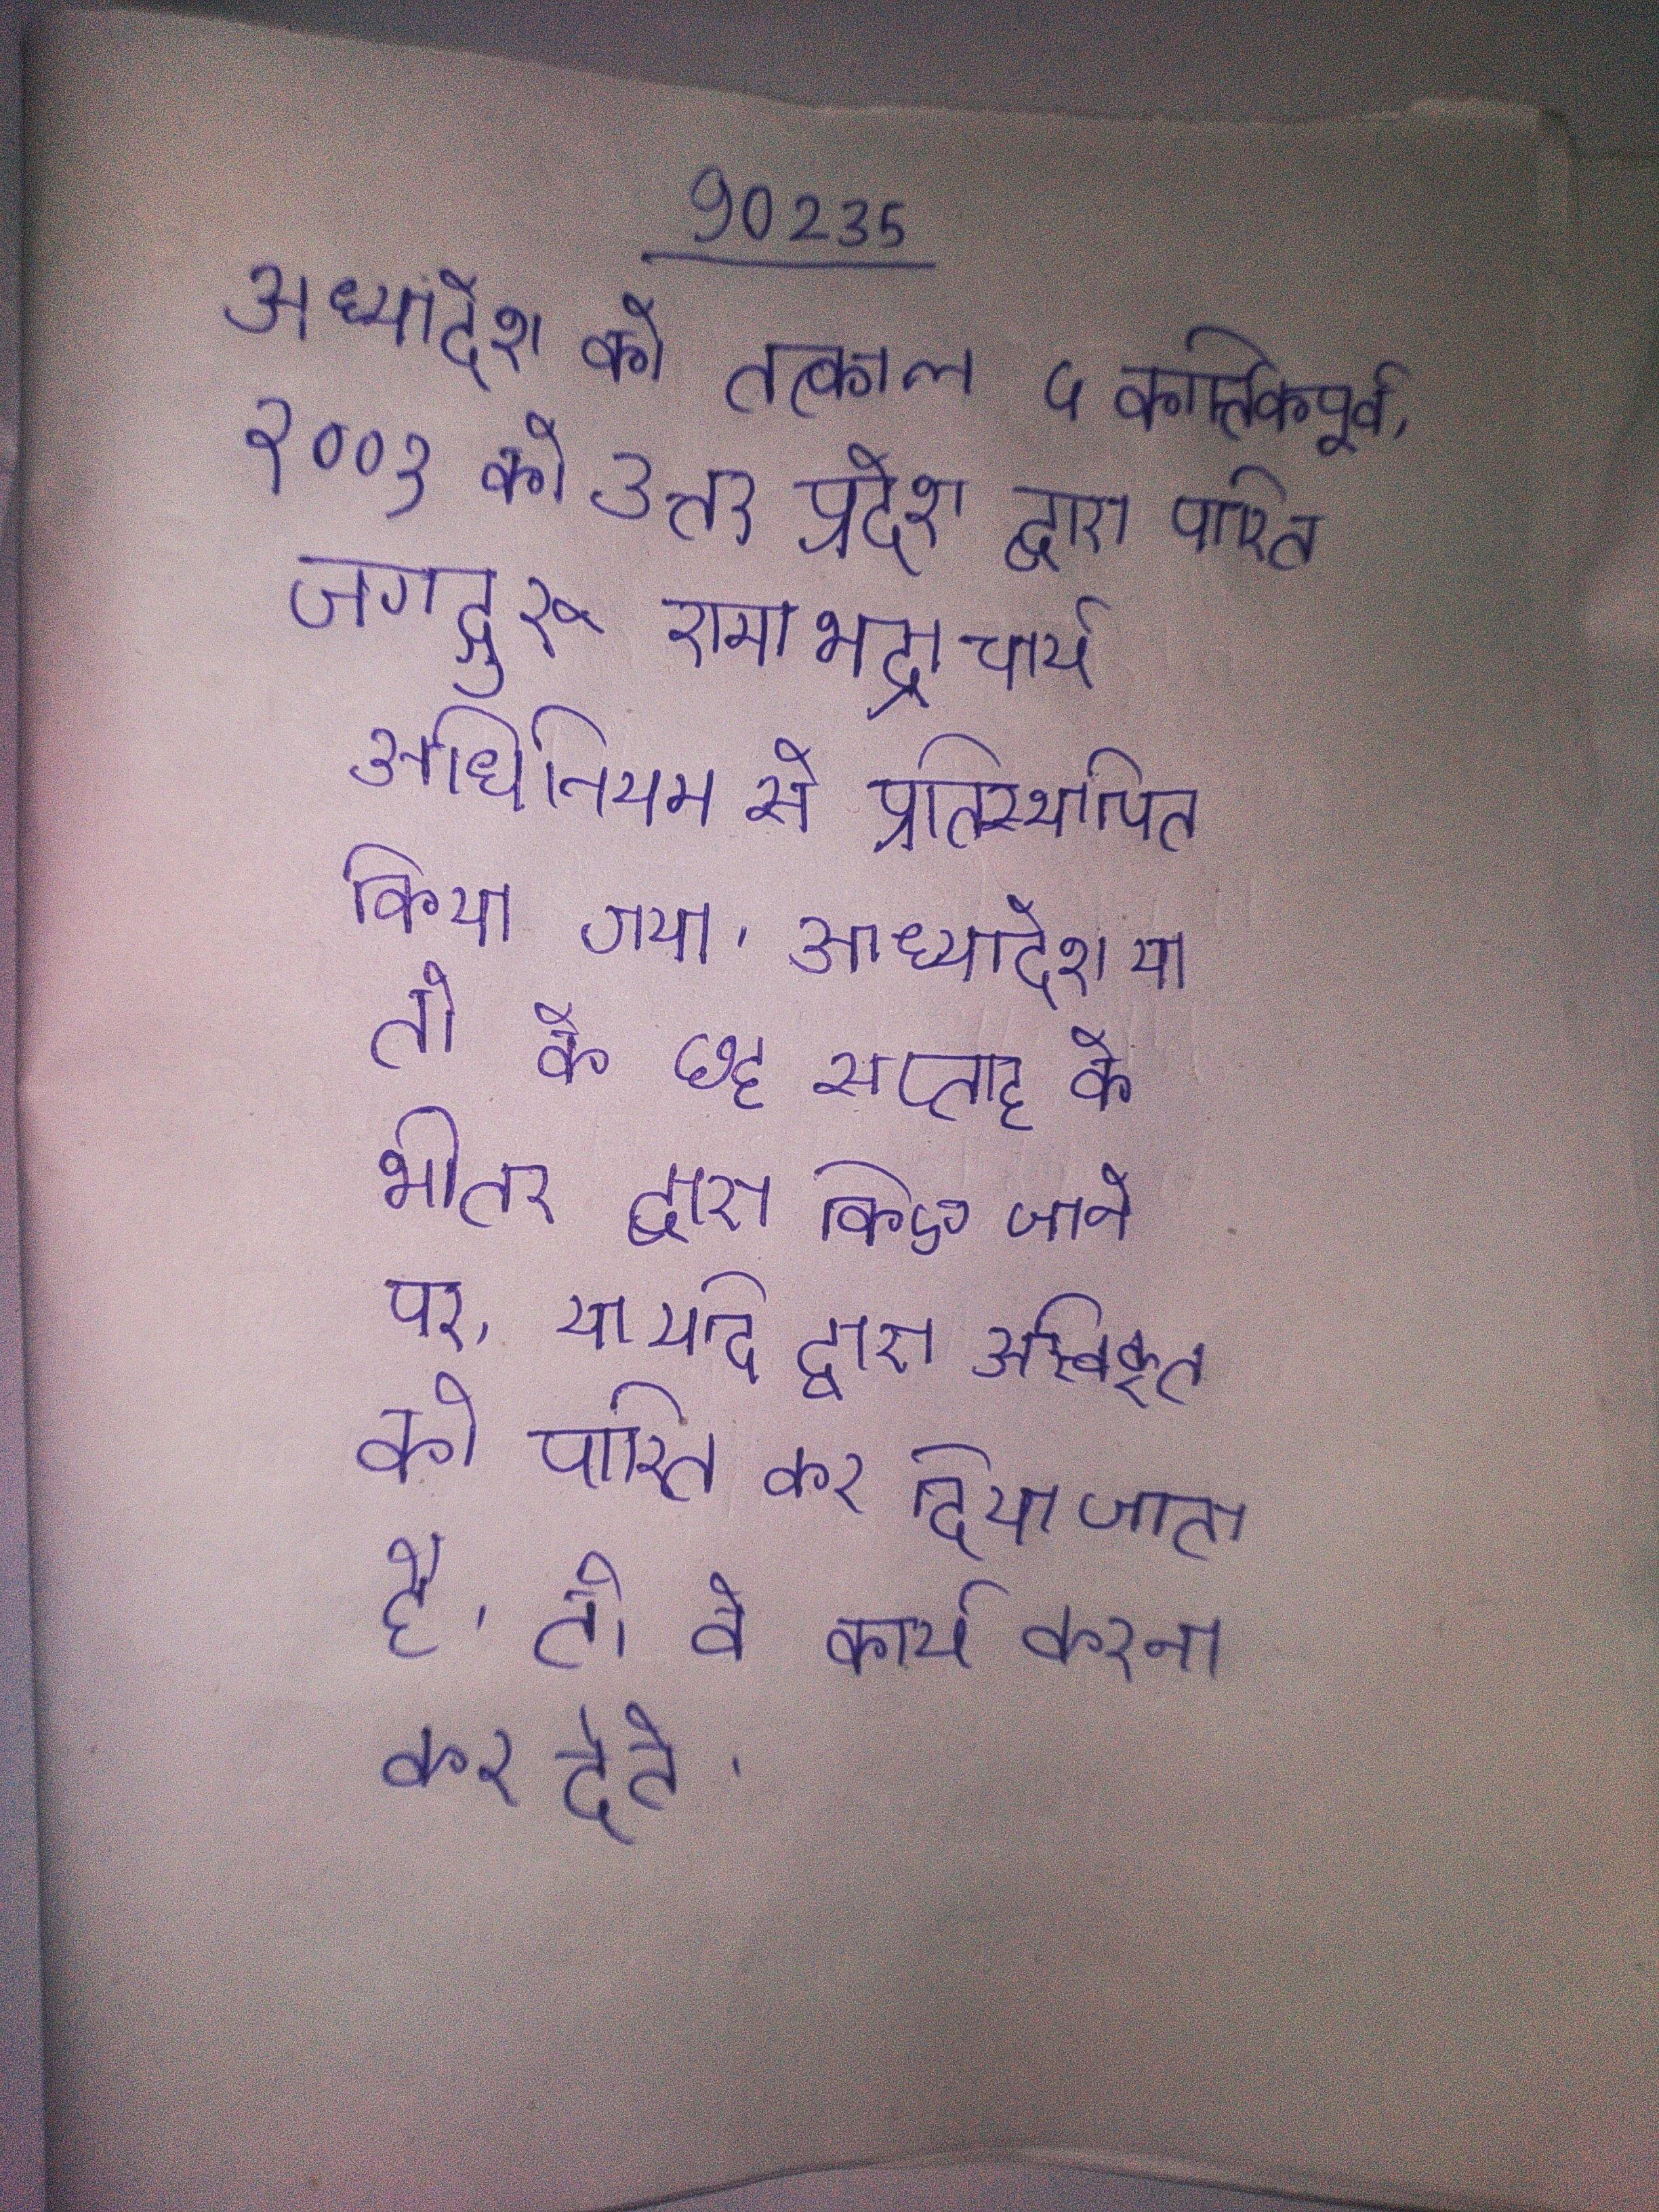
अध्यादेश को तत्काल ५ कार्त्तिकपूर्व, २००१ को उत्तर प्रदेश द्वारा पारित जगद्गुरु रामभद्राचार्य अधिनियम से प्रतिस्थापित किया गया । अध्यादेश या तो के छह सप्ताह के भीतर द्वारा किए जाने पर, या यदि द्वारा अस्वीकृत को पारित कर दिया जाता है, तो वे कार्य करना कर देते ।